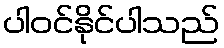
ပါဝင်နိုင်ပါသည်